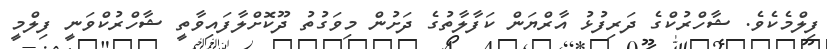
ފިލްމެކެވެ. ޝާހްރުކްގެ ދަރިފުޅު އާރްޔަން ކަފާލާތުގެ ދަށުން މިވަގުތު ދޫކޮށްލާފައިވާތީ ޝާހްރުކްވަނީ ފިލްމީ